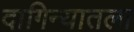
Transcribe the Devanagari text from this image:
दागिन्यातला